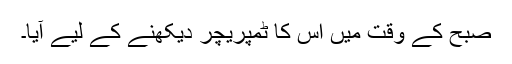
صبح کے وقت میں اس کا ٹمپریچر دیکھنے کے لیے آیا۔